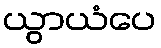
ယွာယံပေ